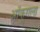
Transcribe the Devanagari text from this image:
ऑक्रूगला